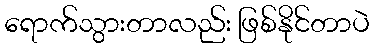
ရောက်သွားတာလည်း ဖြစ်နိုင်တာပဲ